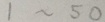
1 \sim 5 0